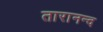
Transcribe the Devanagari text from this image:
तारानन्द